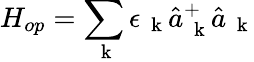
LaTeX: H_{op}=\sum_{\mathrm{~\mathbf~k~}}\epsilon_{\mathrm{~\mathbf~k~}}\hat{a}_{\mathrm{~\mathbf~k~}}^{+}\hat{a}_{\mathrm{~\mathbf~k~}}